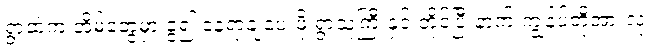
ရွာထဲက အိမ်တွေမှာ ခွဲ၍ နေရာချပေးဖို့ ရွာသူကြီးနှင့် တိုင်ပြီးနာက် ကျွန်ပ်တို့အားလုံး